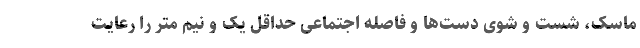
ماسک، شست و شوی دست‌ها و فاصله اجتماعی حداقل یک و نیم متر را رعایت